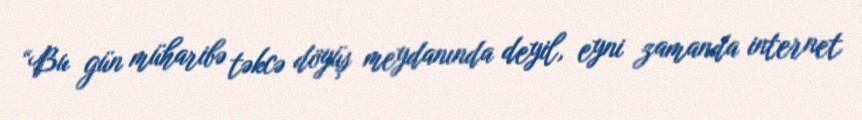
“Bu gün müharibə təkcə döyüş meydanında deyil, eyni zamanda internet